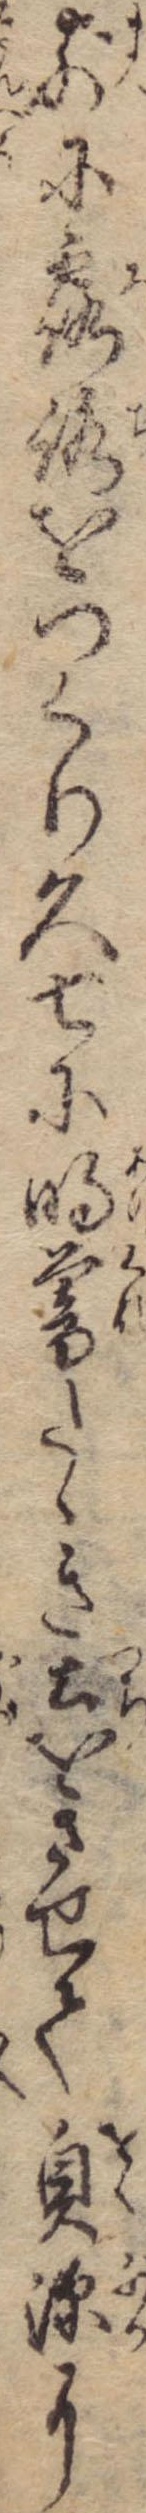
前に露路をつくり久七に明暮たゝき土をさせて奥深に